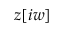
z [ i w ]